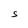
Character: S